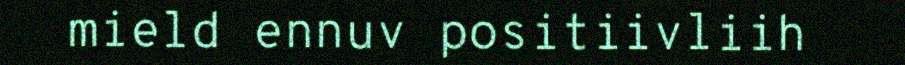
mield ennuv positiivliih